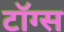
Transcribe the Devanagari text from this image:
टॉग्स